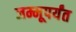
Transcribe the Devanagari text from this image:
जम्मूपर्यंत